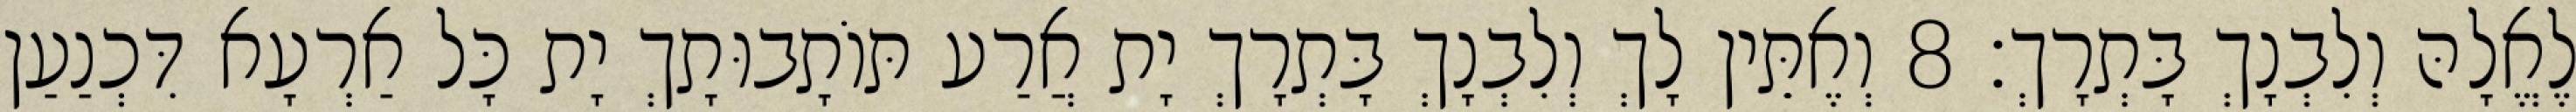
לֶאֱלָהּ וְלִבְנָךְ בָּתְרָךְ׃ 8 וְאֶתֵּין לָךְ וְלִבְנָךְ בָּתְרָךְ יָת אֲרַע תּוֹתָבוּתָךְ יָת כָּל אַרְעָא דִּכְנַעַן